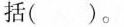
括( )。